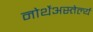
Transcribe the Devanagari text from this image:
नोर्थेअस्तेर्ल्य